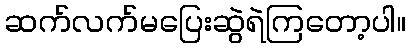
ဆက်လက်မပြေးဆွဲရဲကြတော့ပါ။